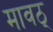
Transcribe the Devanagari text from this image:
मावठ्